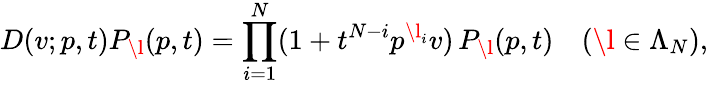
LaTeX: D(v;p,t)P_{\l}(p,t)=\prod_{i=1}^{N}(1+t^{N-i}p^{\l_{i}}v)\, P_{\l}(p,t)\quad(\l\in\Lambda_{N}),